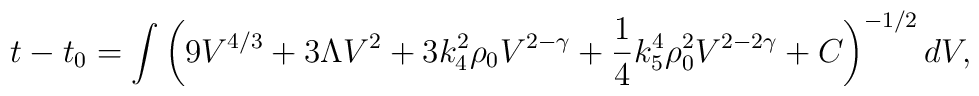
t - t_0 = \int \left( 9 V^{4/3} + 3\Lambda V^2 + 3k_4^2 \rho_0V^{2-\gamma} + \frac14 k_5^4 \rho_0^2 V^{2-2\gamma} + C\right)^{-1/2} d V,